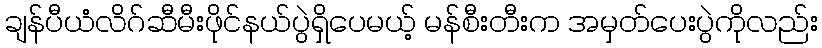
ချန်ပီယံလိဂ်ဆီမီးဖိုင်နယ်ပွဲရှိပေမယ့် မန်စီးတီးက အမှတ်ပေးပွဲကိုလည်း